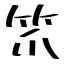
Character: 笊